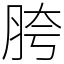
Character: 胯